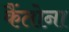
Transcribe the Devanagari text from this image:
कैंतोना